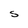
Character: S